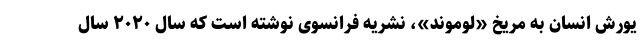
یورش انسان به مریخ «لوموند»، نشریه فرانسوی نوشته است که سال ۲۰۲۰ سال